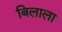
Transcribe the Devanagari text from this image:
बिलाला